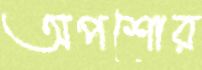
অপশোর